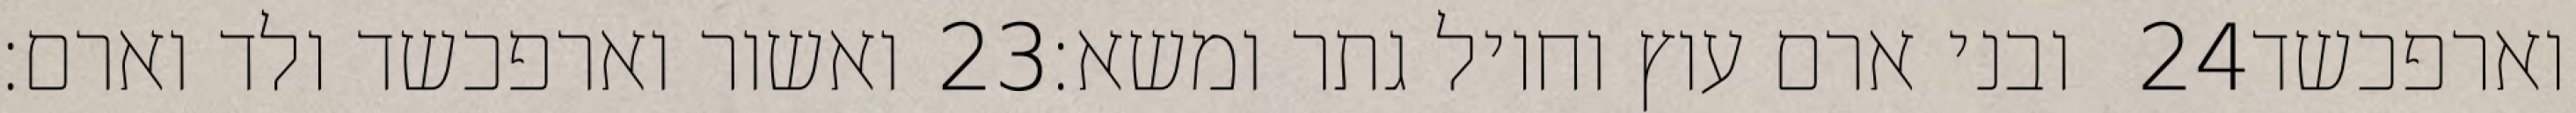
ואשור וארפכשד ולד וארם׃ ‎23‏ ובני ארם עוץ וחויל גתר ומשא׃ ‎24‏ וארפכשד